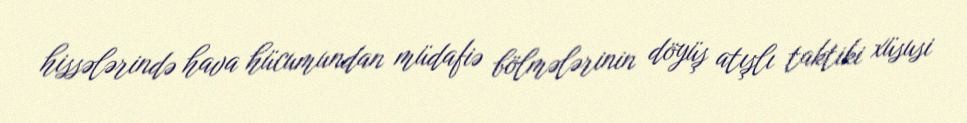
hissələrində hava hücumundan müdafiə bölmələrinin döyüş atışlı taktiki xüsusi